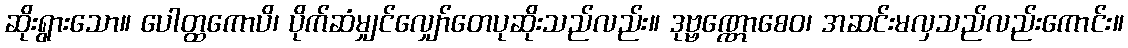
ဆိုးရွားသော။ ပေါတ္ထကောပိ၊ ပိုက်ဆံမျှင်လျှော်တေပုဆိုးသည်လည်း။ ဒုဗ္ဗဏ္ဏောစေဝ၊ အဆင်းမလှသည်လည်းကောင်း။